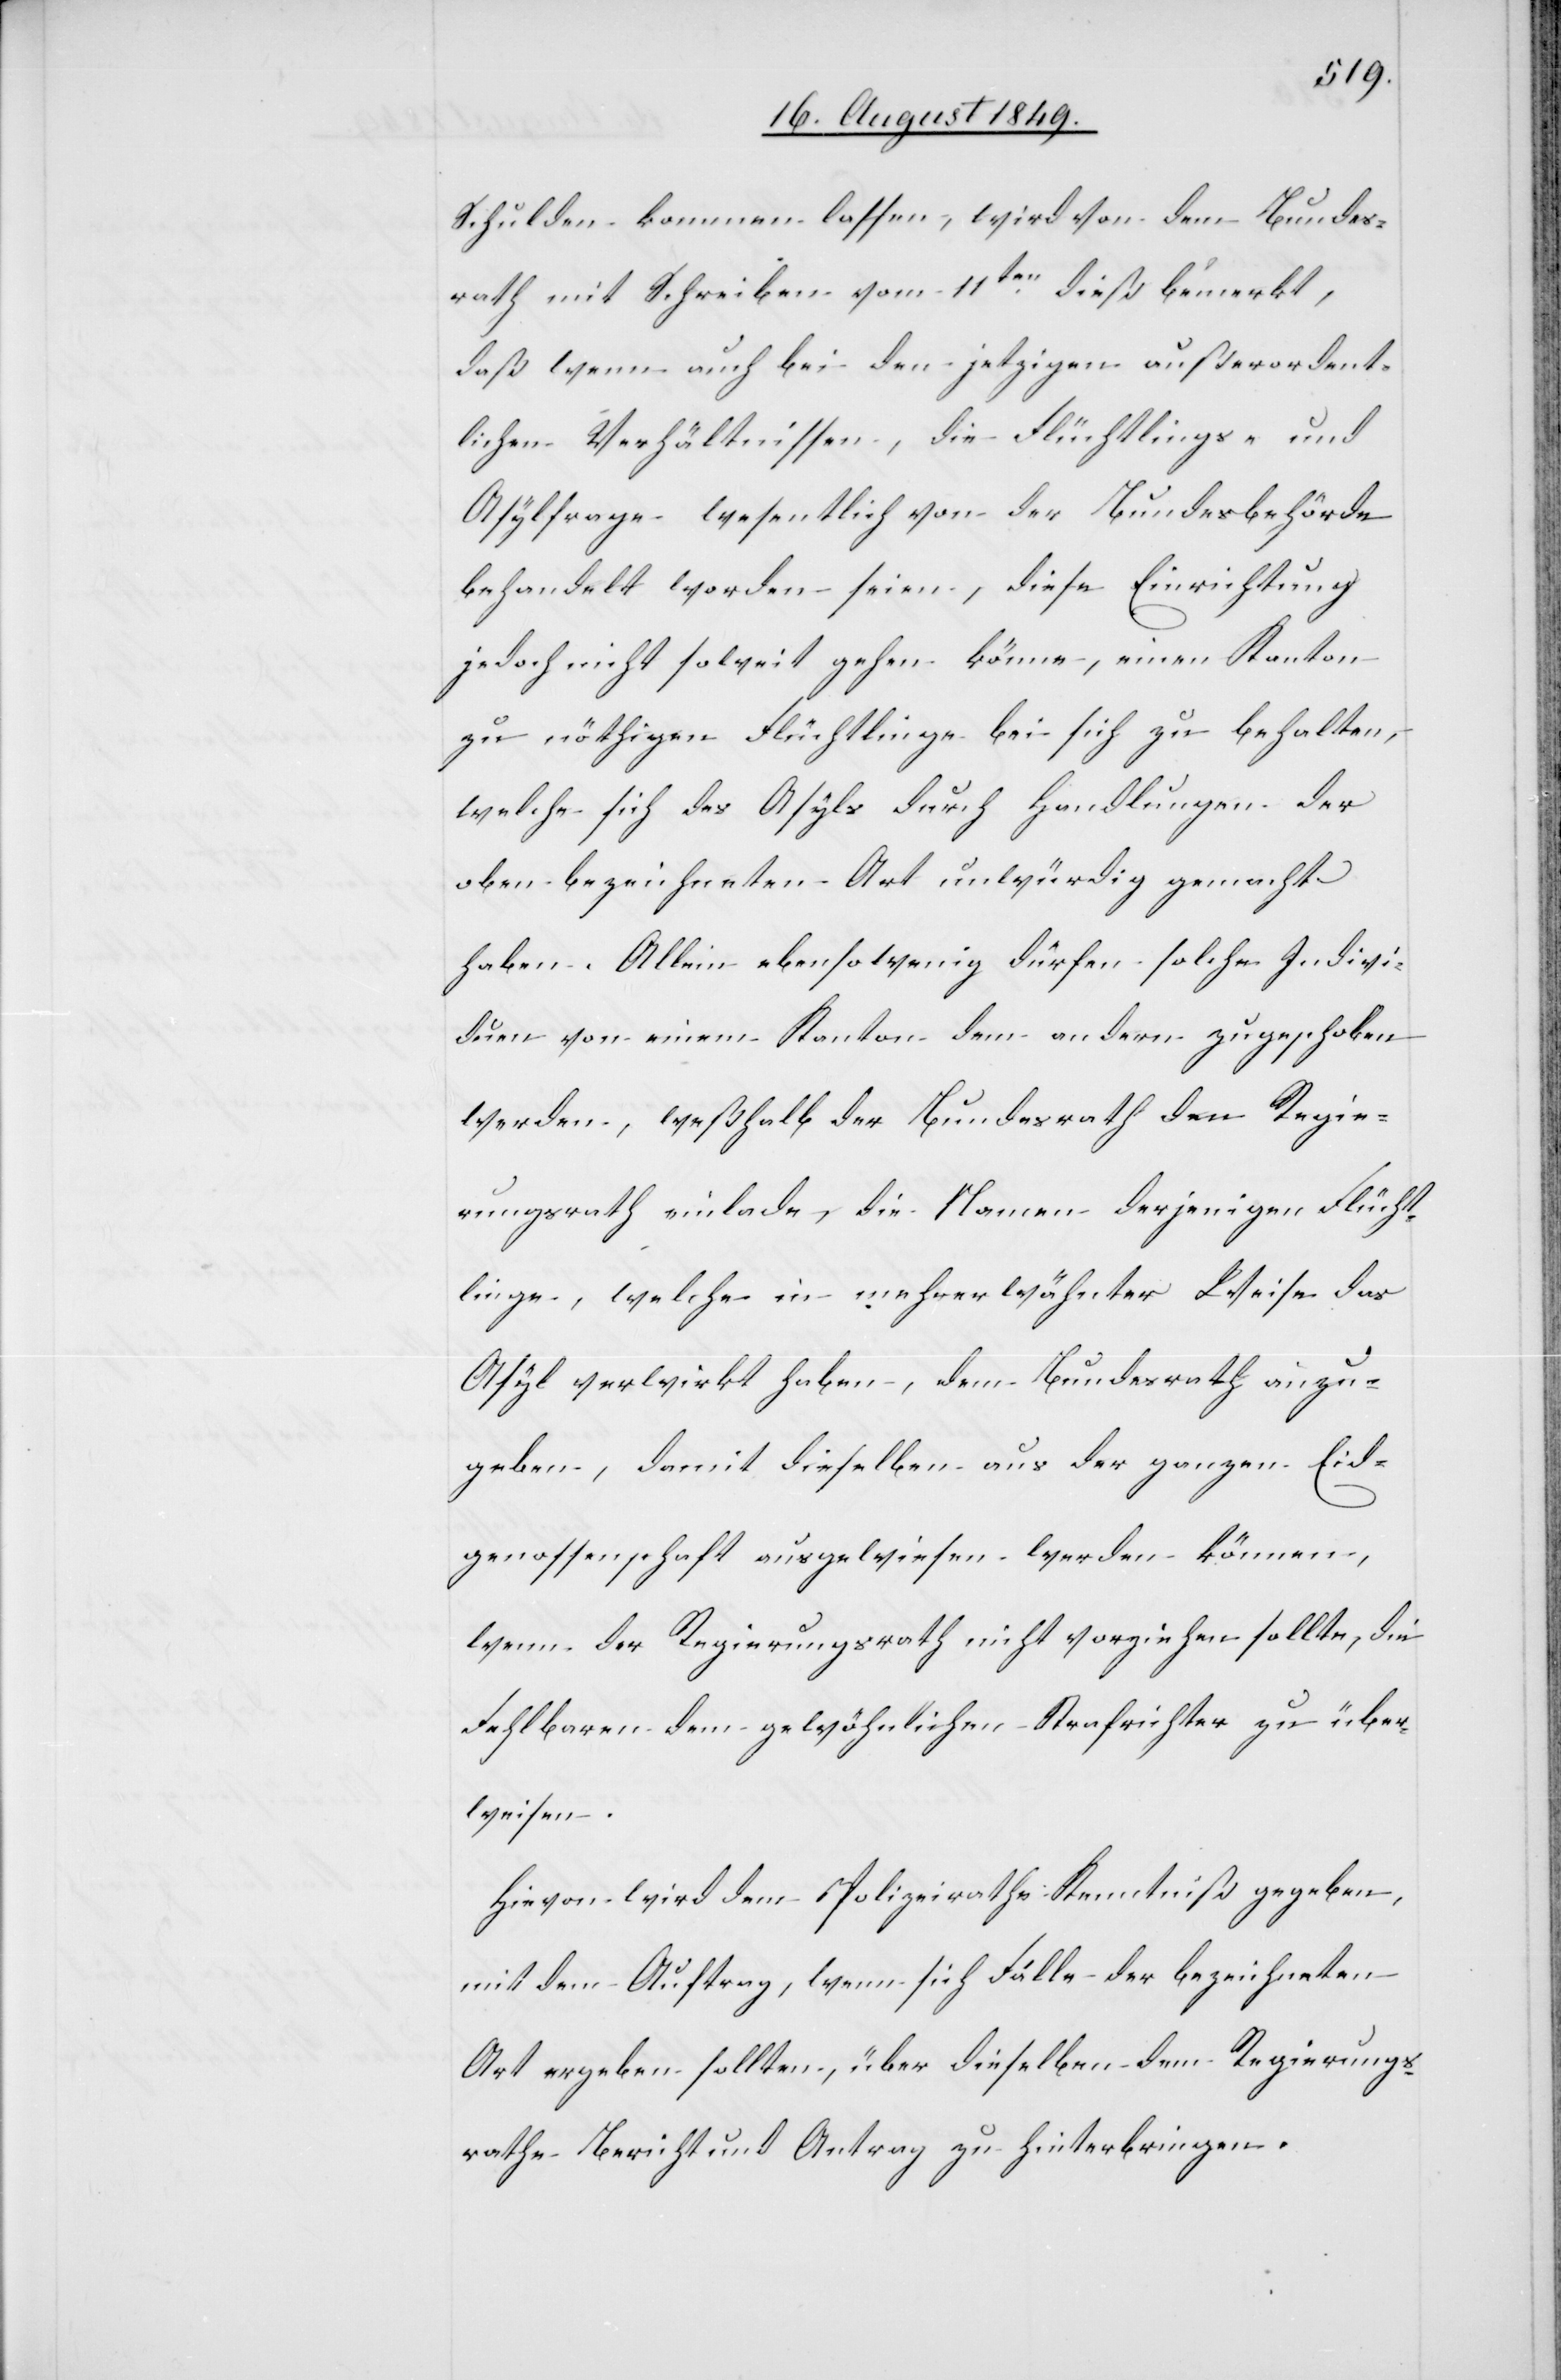
Schulden kommen lassen, wird von dem Bundes¬
rath mit Schreiben vom 11ten dieß bemerkt,
daß wenn auch bei den jetzigen außerordent¬
lichen Verhältnissen, die Flüchtlings- und
Asylfrage wesentlich von der Bundesbehörde
behandelt worden seien, diese Einrichtung
jedoch nicht soweit gehen könne, einen Kanton
zu nöthigen Flüchtlinge bei sich zu behalten,
welche sich des Asyls durch Handlungen der
oben bezeichneten Art unwürdig gemacht
haben. Allein ebensowenig dürfen solchen Indivi¬
duen von einem Kanton dem andern zugeschoben
werden, weßhalb der Bundesrath den Regie¬
rungsrath einlade, die Namen derjenigen Flücht¬
linge, welche in mehrerwähnter Weise das
Asyl verwirkt haben, dem Bundesrath anzu¬
geben, damit dieselben aus der ganzen Eid¬
genossenschaft ausgewiesen werden können,
wenn der Regierungsrath nicht vorziehen sollte, die
Fehlbaren dem gewöhnlichen Strafrichter zu über¬
weisen.
Hievon wird dem Polizeirathe Kenntniß gegeben,
mit dem Auftrag, wenn sich Fälle der bezeichneten
Art ergeben sollten, über dieselben dem Regierungs¬
rathe Bericht und Antrag zu hinterbringen.